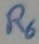
Text: R6